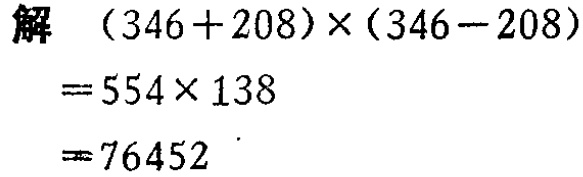
解

\[

\begin{align*}

&(346 + 208)\times(346 - 208)\\

=&554\times138\\

=&76452

\end{align*}

\]